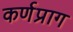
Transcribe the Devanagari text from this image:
कर्णप्राग